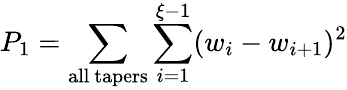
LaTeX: P_{1}=\sum_{\mathrm{all\ tapers}}\sum_{i=1}^{\xi-1}(w_{i}-w_{i+1})^{2}